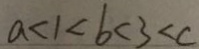
a < 1 < b < 3 < c